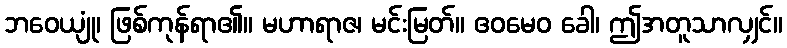
ဘဝေယျုံ၊ ဖြစ်ကုန်ရာ၏။ မဟာရာဇ၊ မင်းမြတ်။ ဧဝမေဝ ခေါ၊ ဤအတူသာလျှင်။